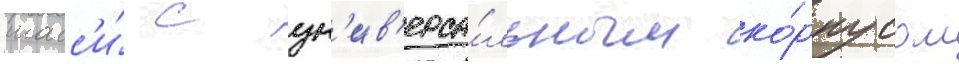
шасс'и́ с ун'ив'ерса́льным ко́рпусом